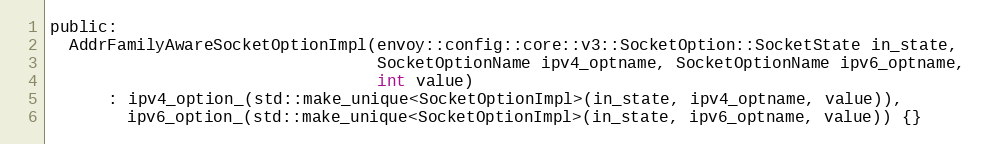
Language: C
public:
  AddrFamilyAwareSocketOptionImpl(envoy::config::core::v3::SocketOption::SocketState in_state,
                                  SocketOptionName ipv4_optname, SocketOptionName ipv6_optname,
                                  int value)
      : ipv4_option_(std::make_unique<SocketOptionImpl>(in_state, ipv4_optname, value)),
        ipv6_option_(std::make_unique<SocketOptionImpl>(in_state, ipv6_optname, value)) {}